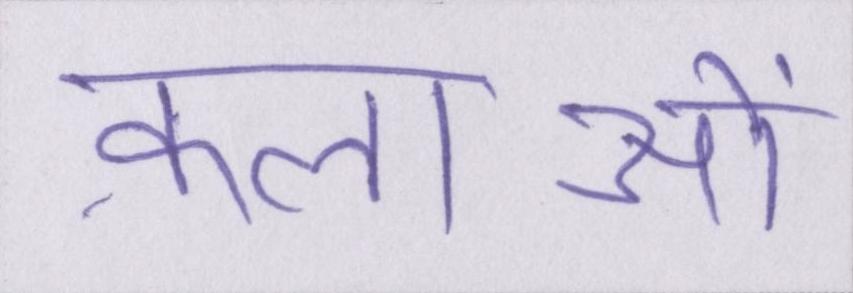
कलाओं